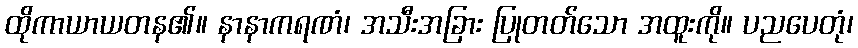
ထိုကာယာယတန၏။ နာနာကရဏံ၊ အသီးအခြား ပြုတတ်သော အထူးကို။ ပညပေတုံ၊